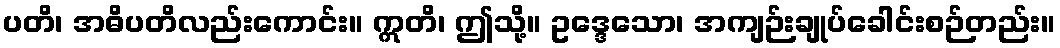
ပတိ၊ အဓိပတိလည်းကောင်း။ ဣတိ၊ ဤသို့။ ဥဒ္ဒေသော၊ အကျဉ်းချုပ်ခေါင်းစဉ်တည်း။